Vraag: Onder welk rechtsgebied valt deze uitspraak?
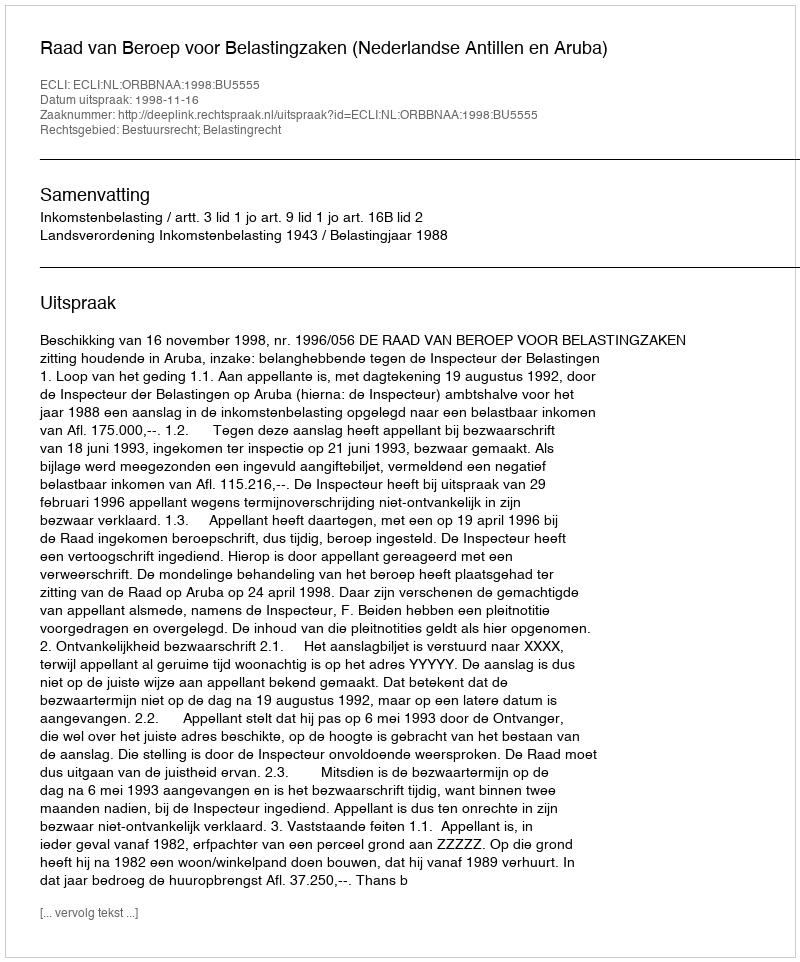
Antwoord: Bestuursrecht; Belastingrecht